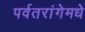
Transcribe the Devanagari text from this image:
पर्वतरांगेमधे